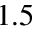
1 . 5